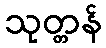
သုတ္တန်